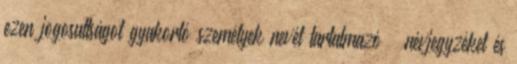
ezen jogosultságot gyakorló személyek nevét tartalmazó – névjegyzéket és